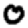
Digit: 0